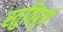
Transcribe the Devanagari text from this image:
स्तुतिपूर्ण